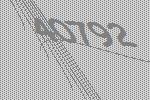
40792